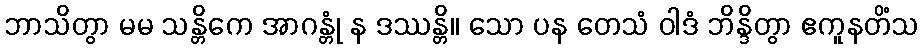
ဘာသိတွာ မမ သန္တိကေ အာဂန္တုံ န ဒဿန္တိ။ သော ပန တေသံ ဝါဒံ ဘိန္ဒိတွာ ဧကူနတိံသ